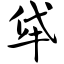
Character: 牮